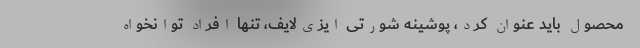
محصول باید عنوان کرد، پوشینه شورتی ایزی‌لایف، تنها افراد توانخواه